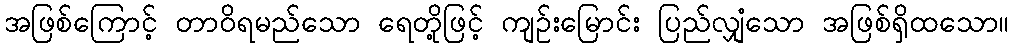
အဖြစ်ကြောင့် တာဝိရမည်သော ရေတို့ဖြင့် ကျဉ်းမြောင်း ပြည်လျှံသော အဖြစ်ရှိထသော။